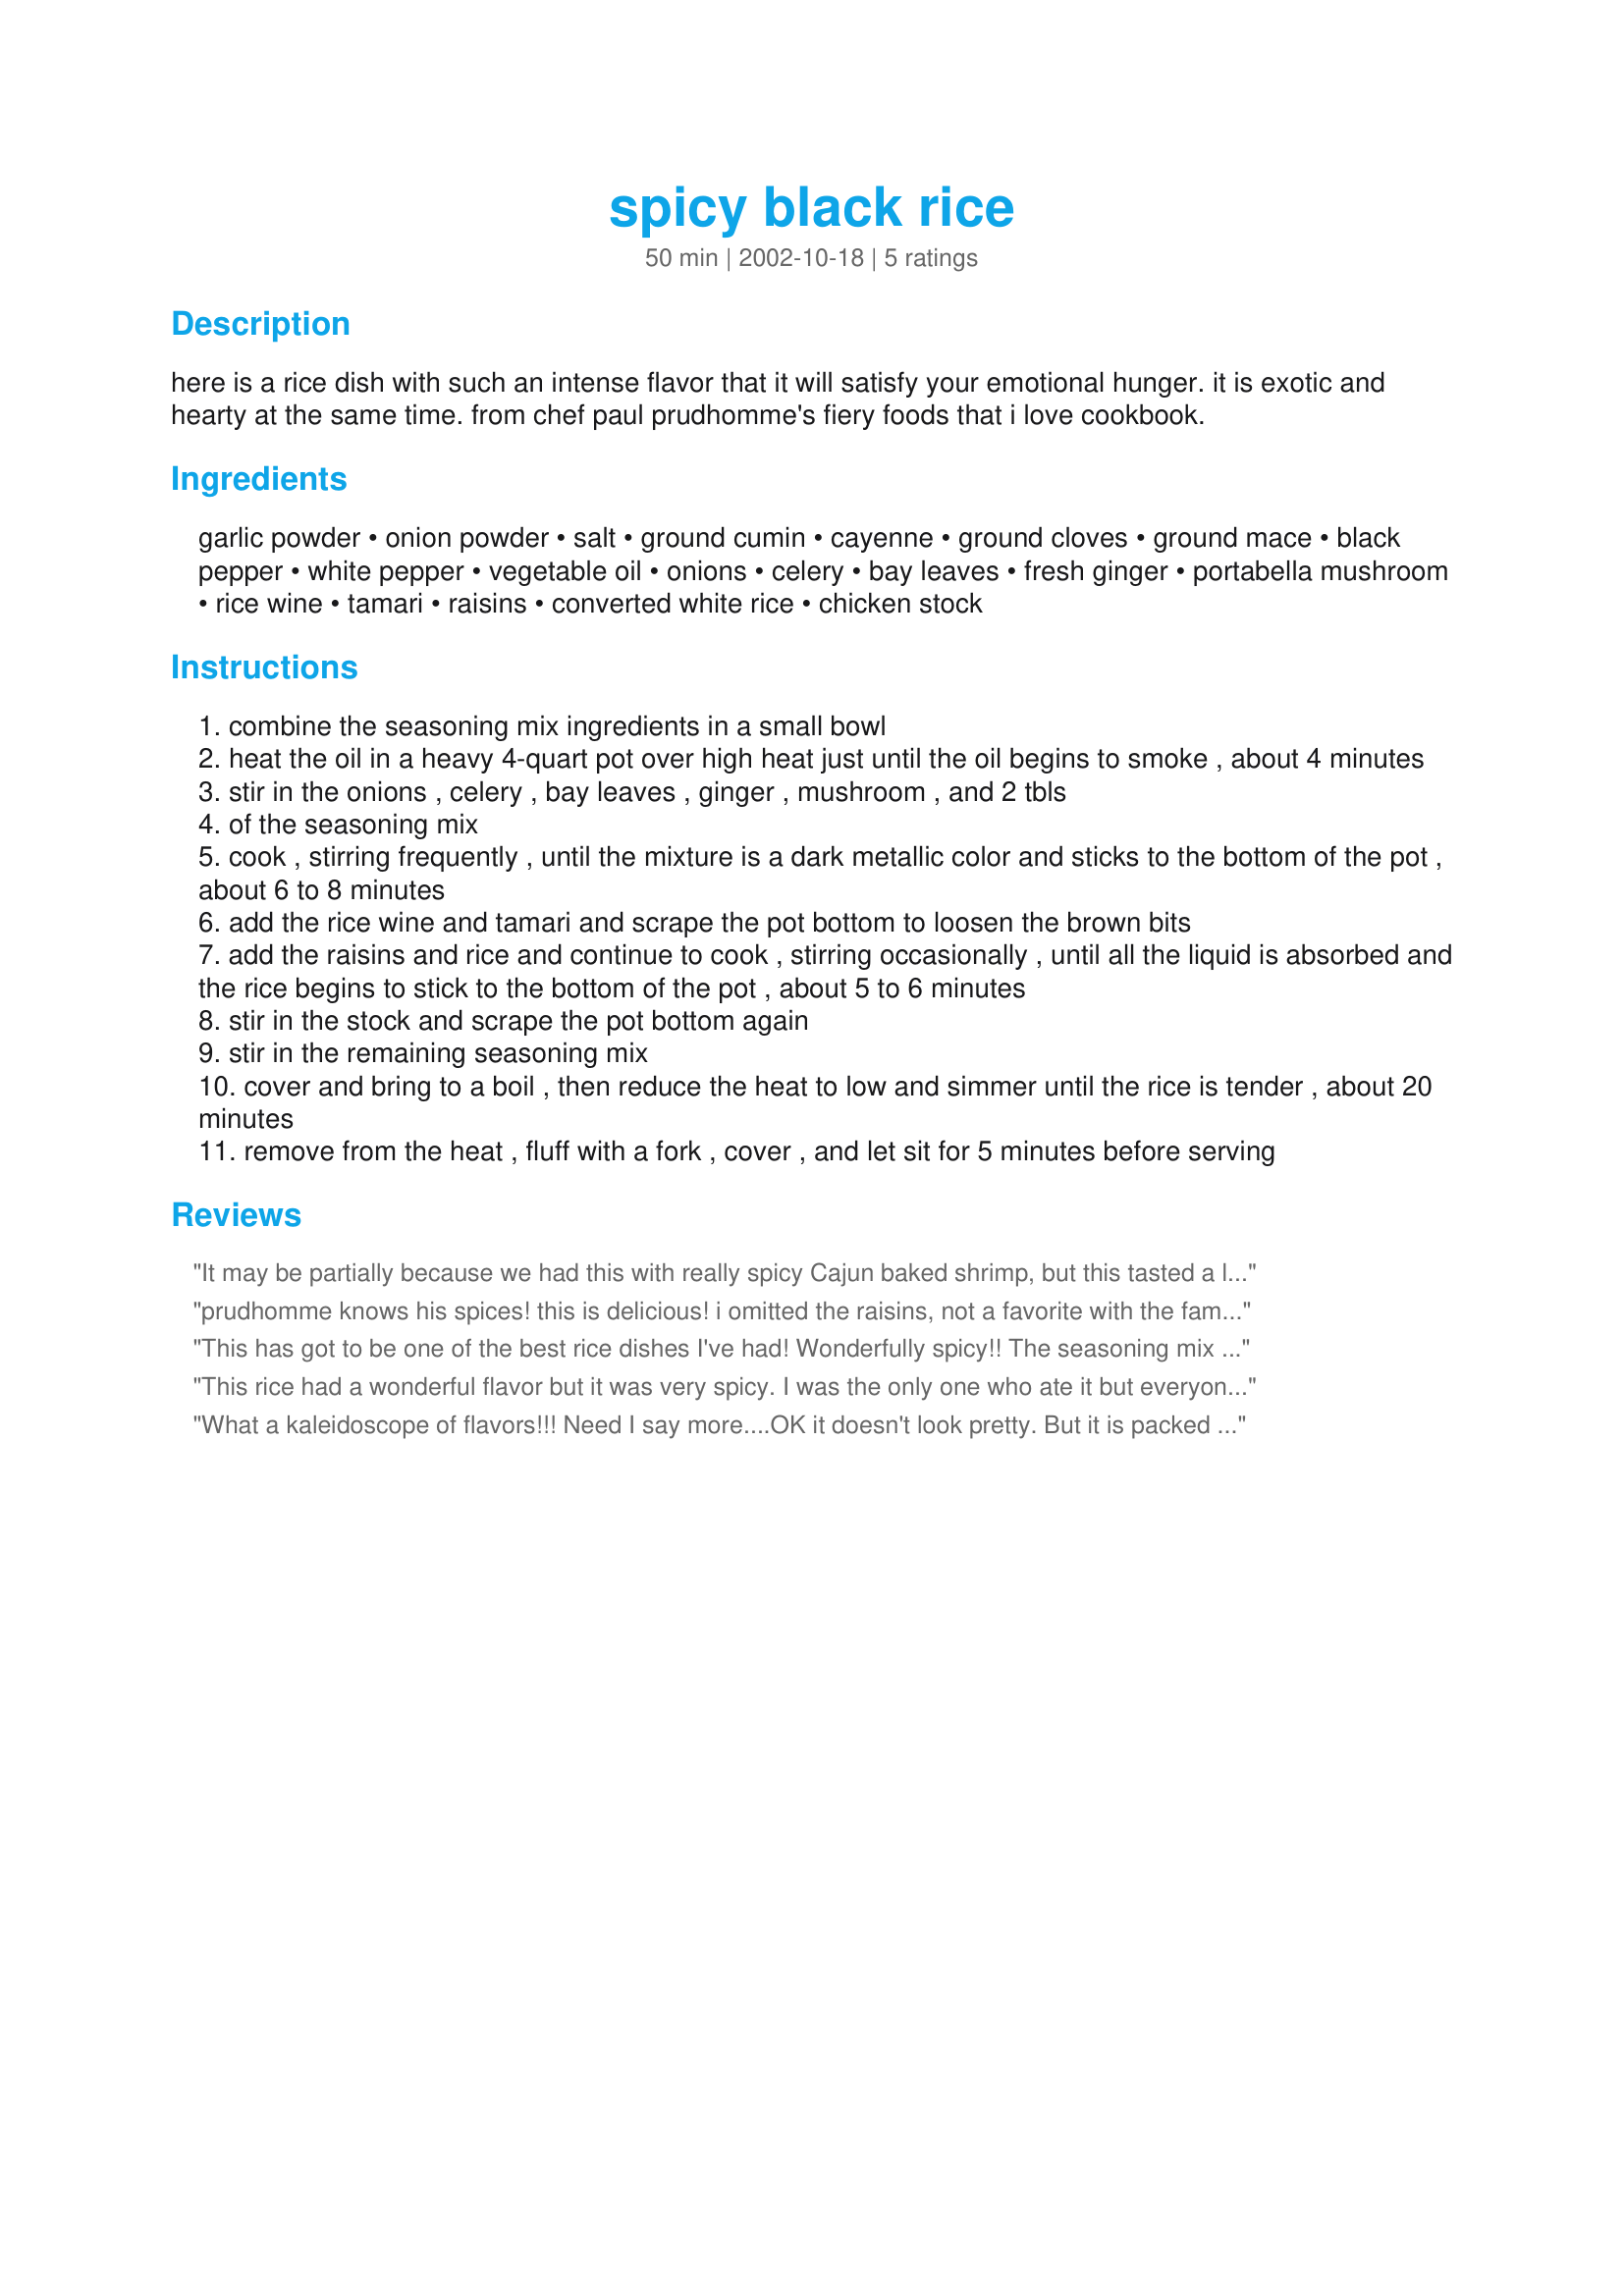
spicy black rice
Preparation time: 50 minutes

here is a rice dish with such an intense flavor that it will satisfy your emotional hunger. it is exotic and hearty at the same time. from chef paul prudhomme's fiery foods that i love cookbook.

Ingredients:
garlic powder, onion powder, salt, ground cumin, cayenne, ground cloves, ground mace, black pepper, white pepper, vegetable oil, onions, celery, bay leaves, fresh ginger, portabella mushroom, rice wine, tamari, raisins, converted white rice, chicken stock

Steps:
combine the seasoning mix ingredients in a small bowl
heat the oil in a heavy 4-quart pot over high heat just until the oil begins to smoke , about 4 minutes
stir in the onions , celery , bay leaves , ginger , mushroom , and 2 tbls
of the seasoning mix
cook , stirring frequently , until the mixture is a dark metallic color and sticks to the bottom of the pot , about 6 to 8 minutes
add the rice wine and tamari and scrape the pot bottom to loosen the brown bits
add the raisins and rice and continue to cook , stirring occasionally , until all the liquid is absorbed and the rice begins to stick to the bottom of the pot , about 5 to 6 minutes
stir in the stock and scrape the pot bottom again
stir in the remaining seasoning mix
cover and bring to a boil , then reduce the heat to low and simmer until the rice is tender , about 20 minutes
remove from the heat , fluff with a fork , cover , and let sit for 5 minutes before serving

Reviews:
It may be partially because we had this with really spicy Cajun baked shrimp, but this tasted a little more sweet than spicy to me. I think the raisins and softened onions have a lot to do with that. I, like yogi, used brown rice, which worked just fine- just a slightly longer cooking time (ours takes about 30 min). Followed the recipe exactly excepting a few substitutions- I halved the recipe used basil vinegar instead of the the rice wine (its very mild) and used a baby bella instead of a portabello. It was a really nice flavor combo- I very much liked the spice blend. I am thinking I might mix some up for other Cajun dishes. The mace was a really great touch. Overall, a nice recipe!
prudhomme knows his spices! this is delicious! i omitted the raisins, not a favorite with the family, and added an extra onion. very tasty
This has got to be one of the best rice dishes I've had! Wonderfully spicy!! The seasoning mix smelled a bit like something you'd put in chili, and then I saw the ginger and thought it might not go together, but I sure was wrong. I used brown rice and skipped the celery (added a little more onion) and raisins. Your description of this dish is just perfect, Sharon. Thanks for a definite "keeper" recipe!
This rice had a wonderful flavor but it was very spicy. I was the only one who ate it but everyone else agreed it would be good with a little less spice. I did omit the raisins & celery from the rice & I halved the recipe. I am going to try making again using less spice & see how my family likes it.
What a kaleidoscope of flavors!!! Need I say more....OK it doesn't look pretty. But it is packed full of flavor. This is one of those dishes that you really get to prepare. It is a joy. Thanks for posting. :)
